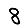
Digit: 8